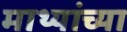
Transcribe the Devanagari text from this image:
माथ्यांच्या